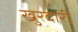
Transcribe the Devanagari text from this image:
खुरदारी